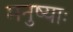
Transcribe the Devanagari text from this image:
मनुष्याः